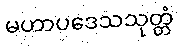
မဟာပဒေသသုတ္တံ